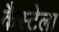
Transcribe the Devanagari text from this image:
कैस्टेला